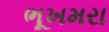
ભૂખમરા